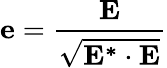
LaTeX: \mathbf{e}=\frac{\mathbf{E}}{\sqrt{\mathbf{E^{*}\cdot E}}}